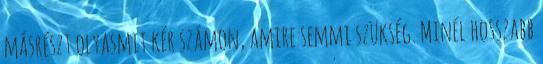
másrészt olyasmit kér számon, amire semmi szükség. Minél hosszabb